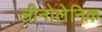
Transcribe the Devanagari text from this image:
लीनोलेनिक